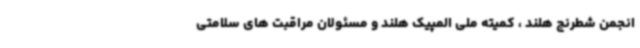
انجمن شطرنج هلند ، کمیته ملی المپیک هلند و مسئولان مراقبت های سلامتی